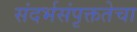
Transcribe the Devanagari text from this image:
संदर्भसंपृक्ततेचा